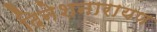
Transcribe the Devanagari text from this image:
दिनेशनारायण